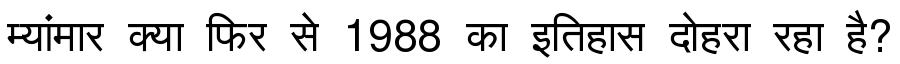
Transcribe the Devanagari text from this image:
म्यांमार क्या फिर से 1988 का इतिहास दोहरा रहा है?